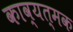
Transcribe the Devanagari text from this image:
काव्यत्मक